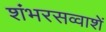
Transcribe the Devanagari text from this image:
शंभरसव्वाशें